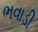
ભવાડી